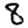
Digit: 8